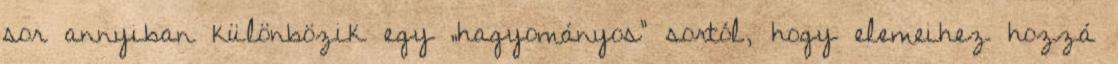
sor annyiban különbözik egy „hagyományos” sortól, hogy elemeihez hozzá